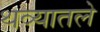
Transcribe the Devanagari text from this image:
थव्यातले